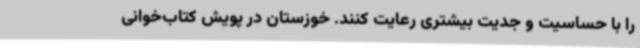
را با حساسیت و جدیت بیشتری رعایت کنند. خوزستان در پویش کتاب‌خوانی